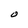
Character: O